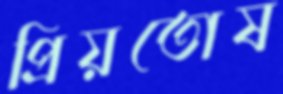
প্রিয়তোষ